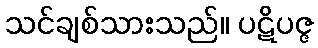
သင်ချစ်သားသည်။ ပဋိပဇ္ဇ